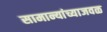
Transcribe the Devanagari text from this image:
सामान्यांच्याजवळ